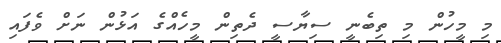
މި މީހުން މި ތިބެނީ ސިޔާސީ ދެތިން މީހެއްގެ އަޅުން ނަށް ވެފައި